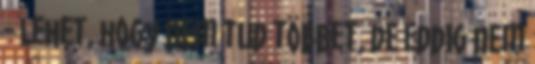
- Lehet, hogy nem tud többet, de eddig nem